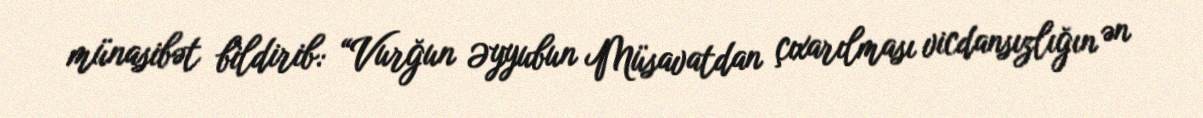
münasibət bildirib: “Vurğun Əyyubun Müsavatdan çıxarılması vicdansızlığın ən